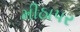
મીઠાપર